Vital statistics of India. Vol. IV, Annual returns from 1871 to 1876. British Army of India, Native Army and jails of Bengal
Year: 1871
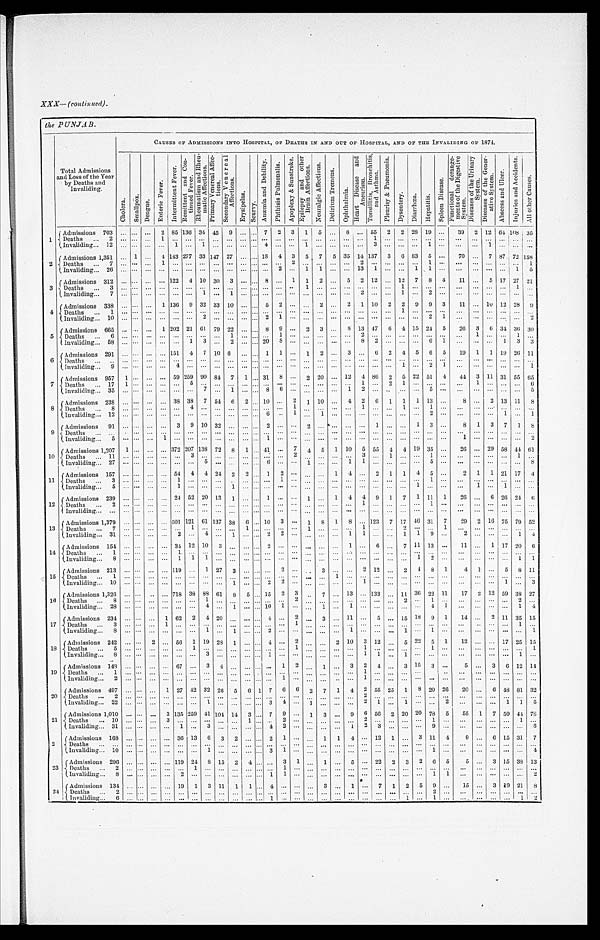
XXX—(continued).
the PUNJAB.
Total Admissions
and Loss of the Year
by Deaths and
Invaliding.
CAUSES OF ADMISSION'S INTO HOSPITAL, OF DEATHS IN AND OUT OF HOSPITAL, AND OF THE INVALIDING OF 1874.
C h o l e r a .
S m a l l p o x .
D e n g u e .
E n t e r i c F e v e r .
I n t e r m i t t e n t F e v e r .
R e m i t t e n t a n d C o n - t i n u e d F e v e r .
R h e u m a t i s m a n d R h e u - m a t i c A f f e c t i o n s .
P r i m a r y V e n e r a l A f f e c - t i o n s . S e c o n d a r y V e n e r a l A f f e c t i o n s .
E r y s i p e l a s .
S c u r v y .
A n æ m i a a n d D e b i l i t y .
P h t h i s i s P u l m o n a l i s .
A p o p l e x y & S u n s t r o k e . E p i l e p s y a n d o t h e r B r a i n A f f e c t i o n s .
N e u r a l g i c A f f e c t i o n s .
D e l i r i u m T r e m e n s .
O p h t h a l m i a .
H e a r t D i s e a s e a n d A n e u r i s m . T o n s i l l i t i s , B r o n c h i t i s , a n d A s t h m a .
P l e u r i s y & P n e u m o n i a .
D y s e n t e r y .
D i a r r h œ a .
H e p a t i t i s .
S p l e e n D i s e a s e .
F u n c t i o n a l d e r a n g e - m e n t s o f t h e D i g e s t i v e S y s t e m .
D i s e a s e s o f t h e U r i n a r y S y s t e m .
D i s e a s e s o f t h e G e n e r - a t i v e S y s t e m .
A b s c e s s a n d U l c e r .
I nj ur i e s a nd Ac c i de nt s .
A l l o t h e r C a u s e s .
1
Admissions 703
. . .
. . .
. . . 2 85 136 34 45
9
. . .
. . . 7
2
3
1
5
. . .
8
. . . 55
2
2 28 19
. . .
39
2 12 64 108
3 5
Deaths . . .
2
. . .
. . .
. . . 1
. . .
. . .
. . .. . .
. . .
. . . . . .
. . .
. . .
. . .
. . .
. . .
. . .
. . .
. . .
1
. . .
. . .
. . .
. . .
. . .
. . .
. . .
. . .
. . .. . .
. . .
I n v a l i d i n g . . .
1 2
. . .
. . .
. . . . . .
1
. . .
1 . . .
. . .
. . . . . .
4
. . .
. . .
1
. . .
. . .
. . .
. . .
3
. . .
. . .
. . .
1
. . .
. . .
. . . 1
. . . . . .
. . .
2
Admissions 1,351
. . . 1
. . . 4 143 277 33 147 27
. . .
. . . 18
4 3
5
7
5 35 14 137
3
6 83
5
. . .
70
. . . 7 87 72 158
D e a t h s . . .
7
. . .
. . .
. . . 1
. . .
. . .
. . .. . . . . .
. . . . . .
. . .
. . .
2
. . .
. . .
. . .
. . .
2
. . .
. . .
. . .
. . .
1
. . .
. . .
. . .
. . .
. . .. . .
1
Invaliding . . . 26
. . .
. . .
. . .
. . .
. . .
. . .
. . . . . .
. . .
. . .
. . . . . .
2
. . . 1
1
. . .
. . . 13
1
. . .
. . . 1
1
. . .
. . .
. . .
. . .
. . .1
5
3
Admissions 312
. . .
. . .
. . .
. . . 122
4 10 30
3
. . .
. . . 8
. . . 1
1
2
. . .
5
2 12
. . . 12
7
8
4
11
. . . 5 17 27
2 1
Deaths . . .
3
. . .
. . .
. . . . . .
. . .
. . .
. . .. . .
. . .
. . . . . .
. . .
. . .
. . . 1
. . .
. . .
. . .
. . .
. . .
. . .
1
. . .
. . .
. . .
. . .
. . .
. . .
. . .1
. . .
I n v a l i d i n g . . .
7
. . .
. . .
. . . . . .
. . .
. . .
1 . . .
1
. . . . . .
. . .
. . .
. . .
. . .
. . .
. . .
. . .
2
. . .
. . .
1
. . .
2
. . .
. . .
. . .
. . .
. . .. . .
. . .
4 Admissions 338
. . .
. . .
. . . 1 136
9 32 33 10
. . . . . . 5
2
. . .
. . . 2
. . .
2
1 10
2
2
9
9
3
11
. . . 10 12 28
9
D e a t h s . . .
1
. . .
. . .
. . . . . .
. . .
. . .
. . .. . .
. . .
. . . . . .
. . .
. . .
. . .
. . .
. . .
. . .
. . .
. . .
. . .
. . .
1
. . .
. . .
. . .
. . .
. . .
. . .
. . . . . .
. . .
Invaliding . . . 10
. . .
. . .
. . .
. . .
. . .
. . .
2 . . .
. . .
. . . . . .
2
1
. . .
. . .
. . .
. . .
. . .
. . .
. . .
. . .
. . .
. . . 2
1
. . .
. . .
. . .
. . . . . .
2
5
Admissions 665
. . .
. . .
. . . 1 202 21 61
79 22
. . . . . . 8
9
. . .
2
3
. . . 8 13 47
6
4 15 24
5
26
3
6 34 36 30
D e a t h s . . .
6
. . .
. . .
. . . . . .
. . .
. . .
. . .. . . 1
. . . . . . . . .
1
. . .
. . .
. . .
. . .
. . . 2
. . .
. . .
. . .
. . .
. . .
. . .
. . .
1
. . .
. . .1
. . .
Invaliding . . . 58
. . .
. . .
. . .
. . .
. . .
1
3 . . . 2
. . . . . .
2 0
8
. . .
. . .
. . .
. . .
. . .
8
2
. . .
. . .
. . .
6
1
. . .
. . .
. . .
1 3
3
6
Admissions 291
. . .
. . .
. . .
. . . 151
4
7 10 6
. . .
. . . 1
1
. . . 1
2
. . .
3
. . .
6
2
4
5
6
5
19
1
1 19 26 11
Deat hs . . .
. . .
. . .
. . .
. . . . . .
. . .
. . .
. . .. . .
. . .
. . . . . .
. . .
. . .
. . .
. . .
. . .
. . .
. . .
. . .
. . .
. . .
. . .
. . .
. . .
. . .
. . .
. . .
. . .
. . . . . .
. . .
Invaliding . . .
9
. . .
. . .
. . . . . .
4
. . .
. . .. . .
. . .
. . . . . .
. . .
. . .
. . .
. . .
. . .
. . .
. . .
. . .
. . .
. . . 1
. . .
2
1
. . .
. . .
. . .
. . .. . .
1
7
Admissions 957
1
. . .
. . .
. . . 59 259 90 84
7
1
. . . 31
8
. . . 2 20
. . . 12
4 86
2
5 22 51
4
44
3 11 31 55 65
Deaths . . . 17
1
. . .
. . .
. . .
. . . 5
. . .
. . .
. . .
. . .
. . . . . .
. . .
. . .
. . .
. . .
. . . . . .
1
. . .
2
1
. . .
. . .
. . .
. . .
1
. . .
. . .. . .
6
Invaliding . . . 35
. . .
. . .
. . .
. . .
. . .
. . .
7 . . .
1
. . . . . .
8
6
. . .
. . .
. . .
. . .
1
2
. . .
. . .
. . .
. . .
5
. . .
. . .
. . .
. . .
. . .. . .
5
8
Admissions 238
. . .
. . .
. . . . . .
3 8 38
7 54
6
2
. . . 10
. . . 2
1 10
. . .
4
2
6
1
1
1 13
. . .
8
. . . 2 13 11
8
Deaths . . .
8
. . .
. . .
. . .
. . .
. . .
4
. . .. . .
. . .
. . . . . .
. . .
. . .
1
. . .
. . .
. . .
. . .
1
. . .
. . .
1
. . .
1
. . .
. . .
. . .
. . .
. . .. . .
. . .
Invaliding . . . 12
. . .
. . .
. . . . . .
. . .
. . .
. . .. . .
. . .
. . . . . .
6
. . .
1
. . .
1
. . .
. . .
. . .
. . .
. . .
. . .
. . .
2
. . .
. . .
. . .
. . .
1 . . .
1
9
Admissions
91
. . .
. . .
. . . . . .
3
9
1 0
3 2
. . .
. . . . . .
2
. . .
. . .
2
. . .
. . .
. . .
. . .
1
. . .
. . . 1
3
. . .
8
1
3
7
1
8
Deat hs . . .
. . . . . .
. . .
. . . . . .
. . .
. . .
. . .
. . .
. . .
. . . . . . . . .
. . .
. . .
. . .
. . .
. . .
. . .
. . .
. . .
. . .
. . .
. . . . . .
. . .
. . .
. . .
. . .
. . . . . .
. . .
I n v a l i d i n g . . .
5 . . .
. . .
. . . 1
. . .
. . .
. . .
. . .
. . .
. . . . . .
1
. . .
. . .
. . .
. . .
. . .
. . .
. . .
. . .
. . .
. . .
. . .
. . .
. . .
1
. . .
. . .
. . .. . .
2
10
Admissions 1,207
1
. . .
. . .
. . . 372 207 138 72
8
1
. . . 41
. . . 7
4
5
1 10
5 55
4 4 19 35
. . .
26
. . . 29 5 8
44 61
Deaths . . . 11
. . .
. . .
. . .
. . .
. . .
3
. . .
. . .
. . .
. . .
. . . . . .
. . .
2
. . .
. . .
. . .
. . .
3
. . .
1
. . .
. . .
1
. . .
. . .
. . .
. . . . . . 1
. . .
Invaliding . . . 27
. . .
. . .
. . .. . .
. . .
. . .
5
. . .
. . .
. . . . . .
6
. . .
. . .
1
. . .
. . .
1
1
. . .
. . .
. . .
. . .
5
. . .
. . .
. . .
. . . . . . . . .
8
11
Admissions 157
. . .
. . .
. . .
. . . 54
4
4 24
2
2
. . . 1
2
. . .
. . .
. . . 1
4
. . .
2
1
1
4 5
. . .
2 1
1 21 17
4
Deaths
. . .
3 . . .
. . .
. . .
. . .
1
. . .
. . .
. . .
. . .
. . .
. . . . . .
1
. . .
. . .
. . .
. . .
. . .
. . .
. . .
. . .
. . .
. . . 1
. . .
. . .
. . .
. . .
. . .. . .
. . .
Invaliding . . .
5
. . . . . .
. . .
. . .
1
. . .
. . .
. . .
1
. . . . . . . . .
. . .
. . .
. . .
. . .
. . .
. . .
. . .
. . .
. . .
. . .
1
. . .
. . .
. . .
1
. . . 1 . . .
. . .
12
Admissions 239
. . .
. . .
. . .
. . . 24 52 20 13
1
. . .
. . . 1
. . .
. . . 1
. . . 1
4
4 9
1
7
1 11
1
26
. . .
6 26 24
6
Deaths . . .
2 . . .
. . .
. . .
. . .
. . .
. . .
. . .
. . .
. . .
. . . . . . . . .
. . .
. . .
. . .
. . .
. . .
. . .
1
. . .
. . .
. . .
. . .
1
. . .
. . .
. . .
. . .
. . . . . .
. . .
Invliding . . .
. . . . . .
. . .
. . .
. . .
. . .
. . .
. . .
. . .
. . .
. . . . . .
. . .
. . .
. . .
. . .
. . .
. . .
. . .
. . .
. . .
. . .
. . .
. . .
. . .
. . .
. . .
. . .
. . .
. . . . . .
. . .
13
Admissions 1,379
. . .
. . .
. . .
. . . 501 121 61 137 38
6
. . . 10
3
. . . 1
8
1
8
. . . 123
7 17 46 31
7
29
2 16 75 79 52
Deaths . . .
7
. . .
. . .
. . .
. . .
. . .
1
. . .
. . .
. . .
1 . . .
. . .
. . .
. . .
1
. . .
. . .
. . .
1
. . .
. . .
2
. . .
. . .
1
. . .
. . .
. . .
. . .
. . . . . .
Invaliding . . .
31
. . .
. . .
. . .
. . .
2
. . .
4
. . .
1
. . . . . .
2
2
. . .
. . .
. . .
. . .
1
1
. . .
. . .
1
1
9
. . .
2
. . .
. . .
. . . 1
4
14
Admissions 154
. . .
. . .
. . .
. . . 34 12 10
3
. . .
. . .
. . . 2
. . .
. . .
. . .
. . .
. . .
1
. . .
6
. . . 7 11 13
. . .
1 1
. . .
1 17 20
6
Deaths . . .
1
. . . . . .
. . .
. . .
1
. . .
. . .
. . .
. . .
. . . . . .
. . .
. . .
. . .
. . .
. . .
. . .
. . .
. . .
. . .
. . .
. . .
. . .
. . .
. . .
. . .
. . .
. . .
. . . . . .
. . .
Invaliding . . .
8 . . .
. . .
. . .
. . . 1
1
1
. . .
. . .
. . .
. . .
. . .
. . .
. . .
. . .
. . .
. . .
. . .
. . .
. . .
. . .
. . .
1
2
. . .
. . .
. . .
. . .
. . .
1
1
1 5
Admissions 213
. . .
. . .
. . .
. . . 119
. . . 1 27
3
. . .
. . .
. . . 2
. . .
. . . 3
. . .
. . . 2 12
. . . 2
4
8
1
4
1
. . . 5
8 11
D e a t h s . . .
1 . . .
. . .
. . .
. . .
. . .
. . .
. . .
. . .
. . .
. . .
. . .
. . .
. . .
. . .
. . .
. . .
1
. . .
. . .
. . .
. . .
. . .
. . .
. . .
. . .
. . .
. . .
. . .
. . . . . .
. . .
Invaliding . . .
10
. . .
. . .
. . .
. . .
. . .
. . .
. . .
. . .
1
. . .
. . .
2
2
. . .
. . .
. . .
. . .
. . . 1
. . .
. . .
. . .
. . .
. . .
. . .
. . .
. . .
. . .
1
. . .
3
16
Admissions 1,326
. . .
. . .
. . .
. . . 718 38 88 61
8
5
. . . 15
2
3
. . .
7
. . . 13
. . . 133
. . .
1 1 36 22 11
17
2 12 59 38 27
Deaths . . .
8
. . .
. . .
. . .
. . .
. . .
. . .
1
. . .
. . .
. . .
. . .
. . .
. . . 2
. . .
. . .
. . .
. . .
. . .
. . .
. . .
2
. . . 1
. . .
. . .
. . .
. . .
. . .2
. . .
Invaliding . . .
28
. . .
. . . . . .
. . .
. . .
. . . 4
. . .
1
. . .
. . . 10
1
. . .
. . .
1
. . .
1
. . .
. . .
. . .
. . .
. . .
4
1
. . .
. . .
. . .
. . .1
4
1 7
Admissions 234
. . .
. . .
. . . 1 62
2
4 20 . . .
. . .
. . . 4
. . . 2
. . . 3
. . . 11
. . . 5
. . . 15
1 8 9
1
14
. . .
2 11 35 15
D e a t h s . . .
3
. . .
. . .
. . .
1
. . .
. . .
. . .
. . .. . .
. . .
. . .
. . .
. . .
1
. . .
. . .
. . .
. . .
. . .
. . .
. . .
. . .
. . .
. . .
. . .
. . .
. . .
. . .
. . .1
. . .
I n v a l i d i n g . . .
8
. . .
. . .
. . .
. . .
. . .
. . .
1
. . .1
. . . . . .
2
. . .
. . . . . .
. . .
. . .
1
. . .
. . .
. . .
1
. . .
1
. . .
. . .
. . .
. . .
. . .. . .
1
18
Admissions 242
. . .
. . .
2
. . . 56
1 19 28
1
. . .
. . . 4
. . . 2
. . .
. . . 2 10
3 12
. . . 5 22
5
1
12
. . .
. . . 17 25 15
Deaths . . .
5
. . .
. . .
. . .
. . .
. . .
1
. . .
. . . . . .
. . .
. . .
. . .
. . .
1
. . .
. . .
. . .
. . . 1
. . .
. . .
. . .
. . .
1
. . .
. . .
. . .
. . .
. . .. . .
1
Invaliding . . .
8
. . . . . .
. . .
. . .
. . .
. . .
3
. . . . . .
. . . . . .
1
. . .
. . .
. . .
. . .
. . .
. . .
1
1
. . .
1
. . .
. . .
. . .
. . .
. . .
. . .
. . .1
. . .
19
Admissions 148
. . .
. . .
. . .
. . .
6 7 . . .
3
4 . . .
. . .
. . . . . . 1
2
. . .
1
. . .
3
2
4
. . . 3 15
3
. . .
5
. . . 3
6 12 14
Deaths . . .
1
. . .
. . .
. . .
. . .
. . .
. . .
. . .
. . . . . .
. . . . . .
. . .
. . .
. . .
. . .
. . .
. . .
. . . 1
. . .
. . .
. . .
. . .
. . .
. . .
. . .
. . .
. . .
. . . . . .
. . .
Invaliding . . .
2
. . . . . .
. . .
. . .
. . .
. . .
. . .
. . . . . .
. . .
. . .
. . . 1
. . .
. . .
. . .
. . .
. . . 1
. . .
. . .
. . .
. . .
. . .
. . .
. . .
. . .
. . .
. . . . . .
. . .
20
Admissions 497
. . .
. . .
. . . 1 27 42 32 26
5
6 1
7
6
6
2
7
1
4
2 55 25
1
8 20 26
20
. . .
6 48 81 32
Deaths . . .
2
. . .
. . .
. . .
. . .
. . .
. . .
. . .
. . .
. . .
. . .
. . .
. . .
. . .
. . .
. . .
. . .
. . .
. . . 2
. . .
. . .
. . .
. . .
. . .
. . .
. . .
. . .
. . .
. . . . . .
. . .
Invaliding . . .
22
. . .
. . .
. . .
. . .
. . .
. . .
1 . . .
. . .
. . . . . .
3
4
. . .
1
. . .
. . .
. . . 2
1
. . .
1
. . .
. . .
2
. . .
. . .
. . . 1
1
5
2 1
Admissions 1,010
. . .
. . .
. . . 3 135 259 41 104 14
3
. . . 7
9
. . . 1
3
. . . 9
6 56
2 20 20 78
5
55
1
7 50
44 78
D e a t h s . . .
1 0
. . .
. . .
. . .
3
. . .
. . .
. . .
. . . . . .
1
. . .
. . .
2
. . .
. . .
. . .
. . .
. . .
2
. . .
. . .
. . .
. . .
1
. . .
. . .
. . .
. . .
. . . 1
. . .
Invaliding . . .
31
. . .
. . .
. . .
. . . 1
. . . 3
. . . . . .
. . .
. . . 4
2
. . .
. . .
. . .
. . .
1 2
3
. . .
. . .
. . . 9
. . .
. . .
. . .
. . .
. . . . . .
6
2
Admissions 168
. . .
. . .
. . .
. . . 36 13
6
3
2
. . .
. . .
2 1
. . .
. . .
1
1
4
. . . 12
1
. . . 3 11
4
9
. . . 6 15 31
7
D e a t h s . . .
. . . . . .
. . .
. . .
. . .
. . .
. . .
. . .
. . . . . .
. . .
. . .
. . .
. . .
. . .
. . .
. . .
. . .
. . .
. . .
. . .
. . .
. . .
. . .
. . .
. . .
. . .
. . .
. . .
. . .. . .
. . .
Invaliding . . .
10
. . .
. . .
. . .
. . .
. . .
. . . 1
. . . . . .
. . .
. . .
3
1
. . .
. . .
. . .
. . .
. . .
. . .
. . .
. . .
. . .
. . .
1
. . .
. . .
. . .
. . .
. . . . . .
4
23
Admissions 296
. . .
. . .
. . .
. . . 119 24
8 15
2
4
. . .
. . . 3
1
. . . 1
. . . 5
. . . 22
2
3
2
6
5
5
. . . 3 15 38 13
Deaths . . .
2
. . .
. . .
. . .
. . .
. . .
1
. . .
. . . . . .
. . .
. . .
. . .
1
. . .
. . .
. . .
. . .
. . .
. . .
. . .
. . .
. . .
. . .
. . .
. . .
. . .
. . .
. . .
. . . . . .
. . .
I n v a l i d i n g . . .
8 . . .
. . .
. . .
. . .
2
. . .
. . .
. . . . . .
. . .
. . .
1
1
. . .
. . .
. . .
. . .
. . .
. . .
. . .
. . .
. . .
. . .
1
1
. . .
. . .
. . .
. . .
. . .
2
24
Admissions 134 . . .
. . .
. . .
. . . 19
1
3 11
1
1
. . . 4
. . .
. . .
. . . 3
. . . 1
. . . 7
1
2
5
9
. . .
15
. . . 3 49 21
8
Deaths . . .
2
. . .
. . .
. . .
. . . . . .
. . .
. . .
. . . . . .
. . .
. . .
. . .
. . .
. . .
. . .
. . .
. . .
. . .
. . .
. . .
. . .
. . .
. . .
2
. . .
. . .
. . .
. . .
. . .
. . .
. . .
Invaliding . . .
6 . . .
. . .
. . .
. . .
. . .
. . .
. . .
. . . . . .
. . .
. . .
1
. . .
. . .
. . .
. . .
. . .
. . .
. . .
. . .
. . . 1
. . . 1
. . .
. . .
. . . . . .
. . .
1
2